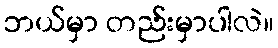
ဘယ်မှာ တည်းမှာပါလဲ။